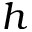
h